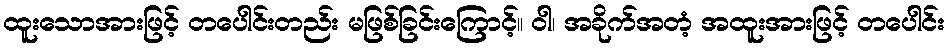
ထူးသောအားဖြင့် တပေါင်းတည်း မဖြစ်ခြင်းကြောင့်။ ဝါ၊ အခိုက်အတံ့ အထူးအားဖြင့် တပေါင်း